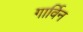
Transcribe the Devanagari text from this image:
गार्विन